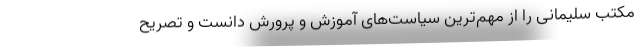
مکتب سلیمانی را از مهم‌ترین سیاست‌های آموزش و پرورش دانست و تصریح